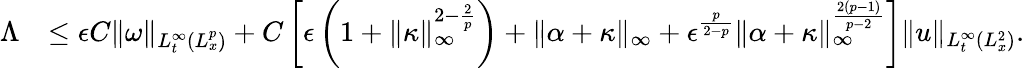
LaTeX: \begin{array}{rl}{\Lambda}&{\leq\epsilon C\| \omega\| _{L_{t}^{\infty}(L_{x}^{p})}+C\left[\epsilon\left(1+\| \kappa\| _{\infty}^{2-\frac{2}{p}}\right)+\| \alpha+\kappa\| _{\infty}+\epsilon^{\frac{p}{2-p}}\| \alpha+\kappa\| _{\infty}^{\frac{2(p-1)}{p-2}}\right]\| u\| _{L_{t}^{\infty}(L_{x}^{2})}.}\end{array}